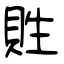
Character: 貹